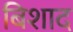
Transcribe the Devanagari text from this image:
बिशाद